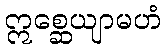
ဣစ္ဆေယျာမဟံ